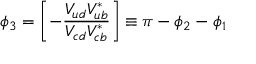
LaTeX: \phi _ { 3 } = \left[ - \frac { V _ { u d } V _ { u b } ^ { \ast } } { V _ { c d } V _ { c b } ^ { \ast } } \right] \equiv \pi - \phi _ { 2 } - \phi _ { 1 }